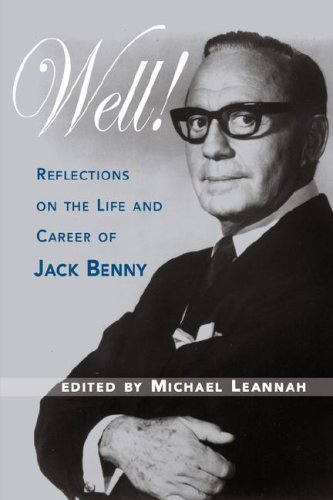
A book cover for Well! Reflections on the Life & Career of Jack Benny; Humor & Entertainment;